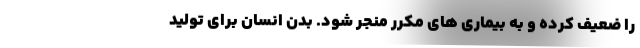
را ضعیف کرده و به بیماری های مکرر منجر شود. بدن انسان برای تولید